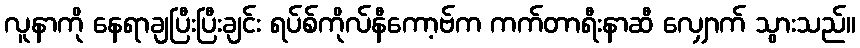
လူနာကို နေရာချပြီးပြီးချင်း ရပ်စ်ကိုလ်နီကော့ဗ်က ကက်တာရီးနာဆီ လျှောက် သွားသည်။